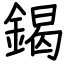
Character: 鍻